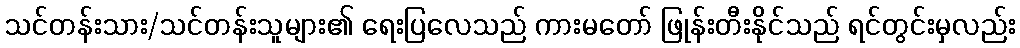
သင်တန်းသား/သင်တန်းသူများ၏ ရေးပြလေသည် ကားမတော် ဖြုန်းတီးနိုင်သည် ရင်တွင်းမှလည်း